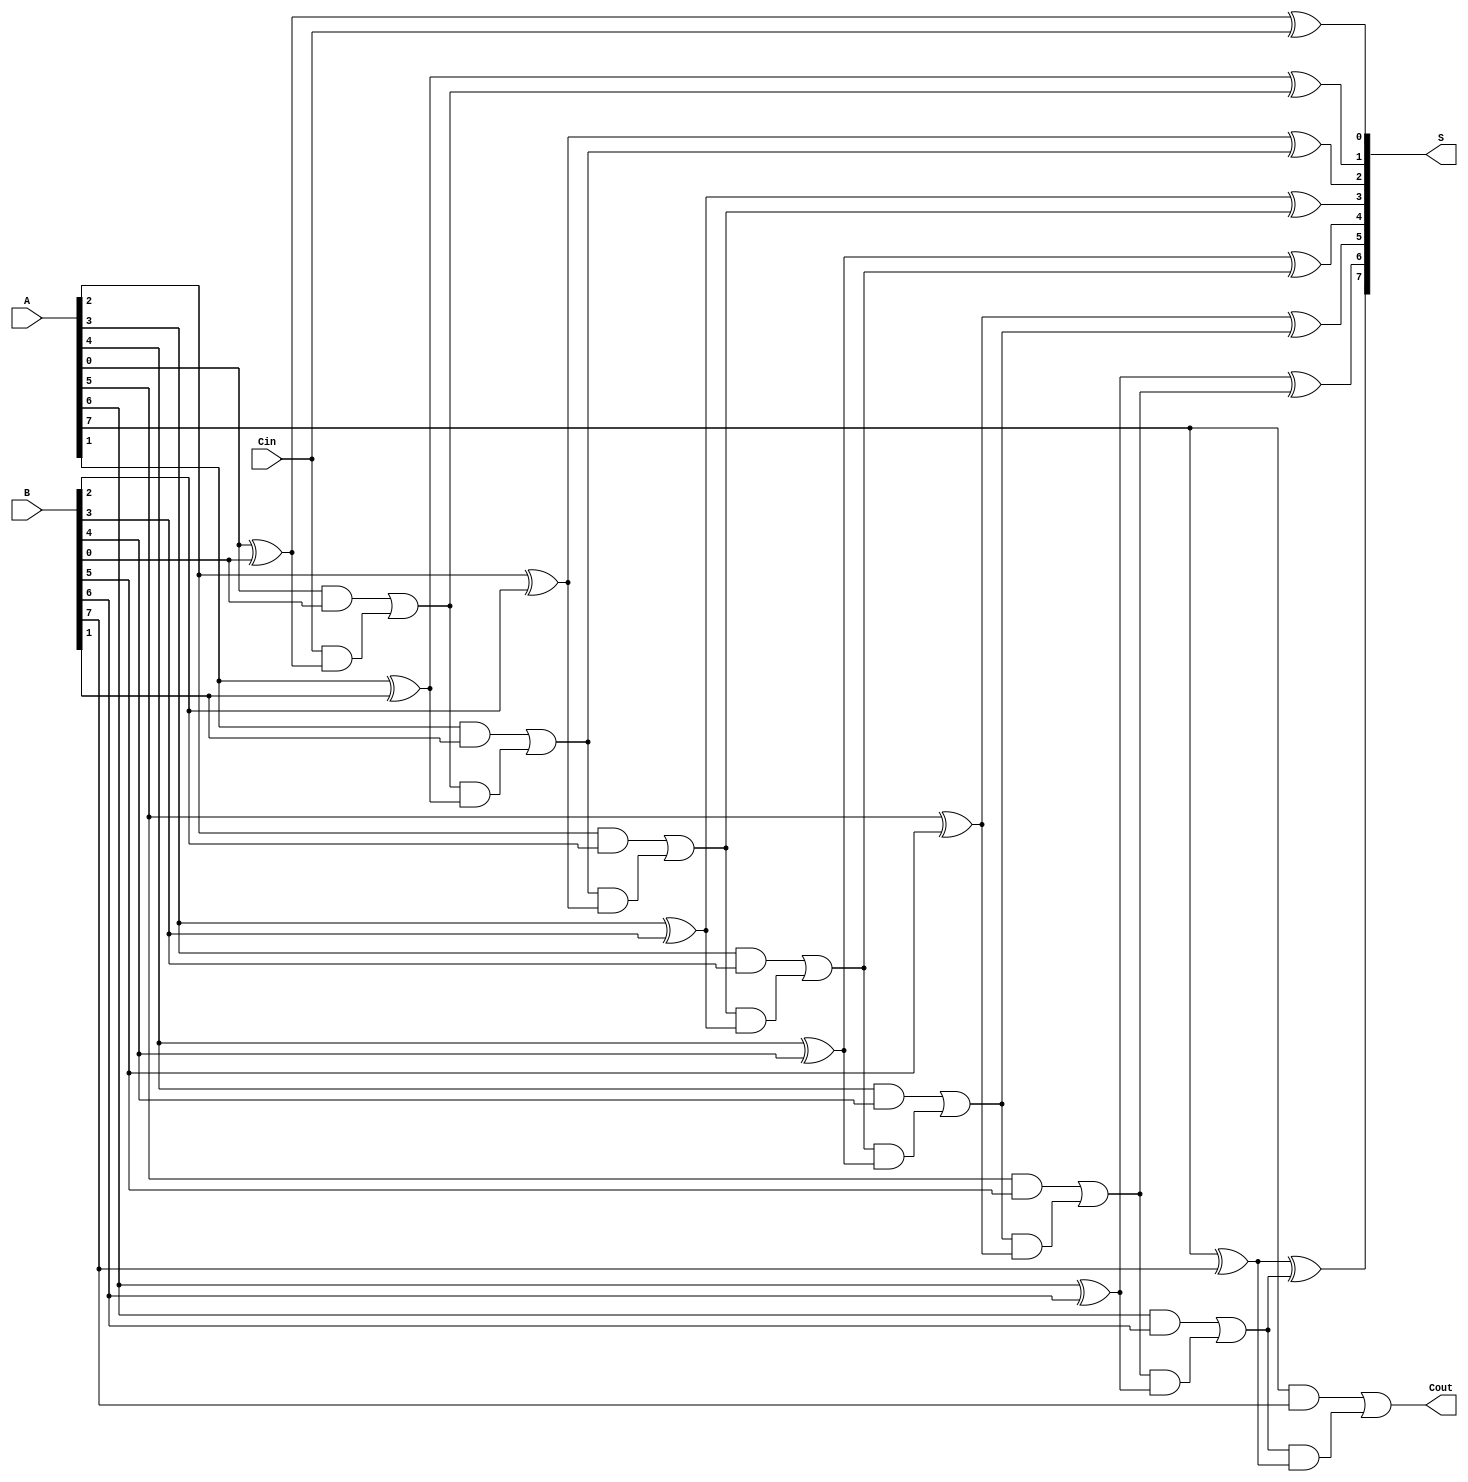
module ManchesterCarryChainAdder #(
    parameter WIDTH = 8 // Width of the input binary numbers
)(
    input  [WIDTH-1:0] A,      // First binary number
    input  [WIDTH-1:0] B,      // Second binary number
    input                  Cin,  // Carry-in
    output [WIDTH-1:0] S,      // Sum output
    output                 Cout   // Carry-out
);

    wire [WIDTH:0] carry; // Carry signals between stages

    // Assign the initial carry
    assign carry[0] = Cin;

    genvar i;
    generate
        for (i = 0; i < WIDTH; i = i + 1) begin : adder_stage
            // Calculate the sum for the current stage
            assign S[i] = A[i] ^ B[i] ^ carry[i];

            // Calculate the carry for the next stage
            assign carry[i + 1] = (A[i] & B[i]) | (carry[i] & (A[i] ^ B[i]));
        end
    endgenerate

    // Carry-out is the carry from the last stage
    assign Cout = carry[WIDTH];

endmodule